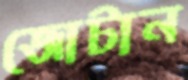
জোটান